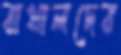
রাখালদের